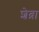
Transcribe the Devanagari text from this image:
शेब्रा